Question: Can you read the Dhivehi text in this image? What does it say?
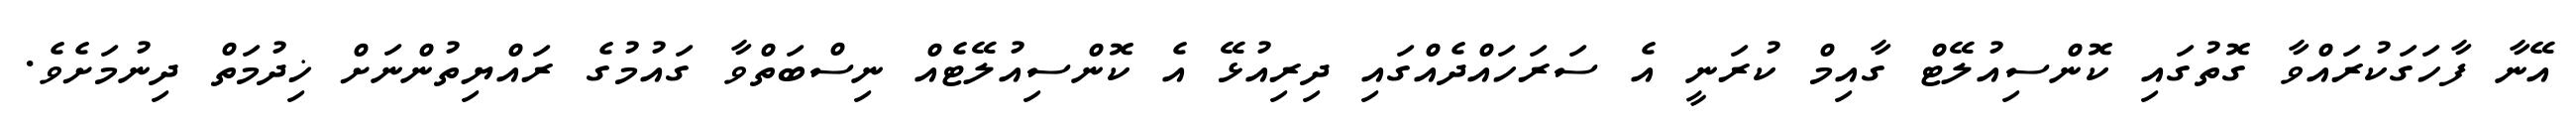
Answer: އޭނާ ފާހަގަކުރައްވާ ގޮތުގައި ކޮންސިއުލޭޓް ގާއިމް ކުރަނީ އެ ސަރަހައްދެއްގައި ދިރިއުޅޭ އެ ކޮންސިއުލޭޓެއް ނިސްބަތްވާ ގައުމުގެ ރައްޔިތުންނަށް ޚިދުމަތް ދިނުމަށެވެ.